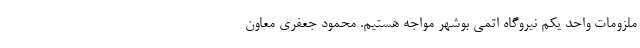
ملزومات واحد یکم نیروگاه اتمی بوشهر مواجه هستیم. محمود جعفری معاون